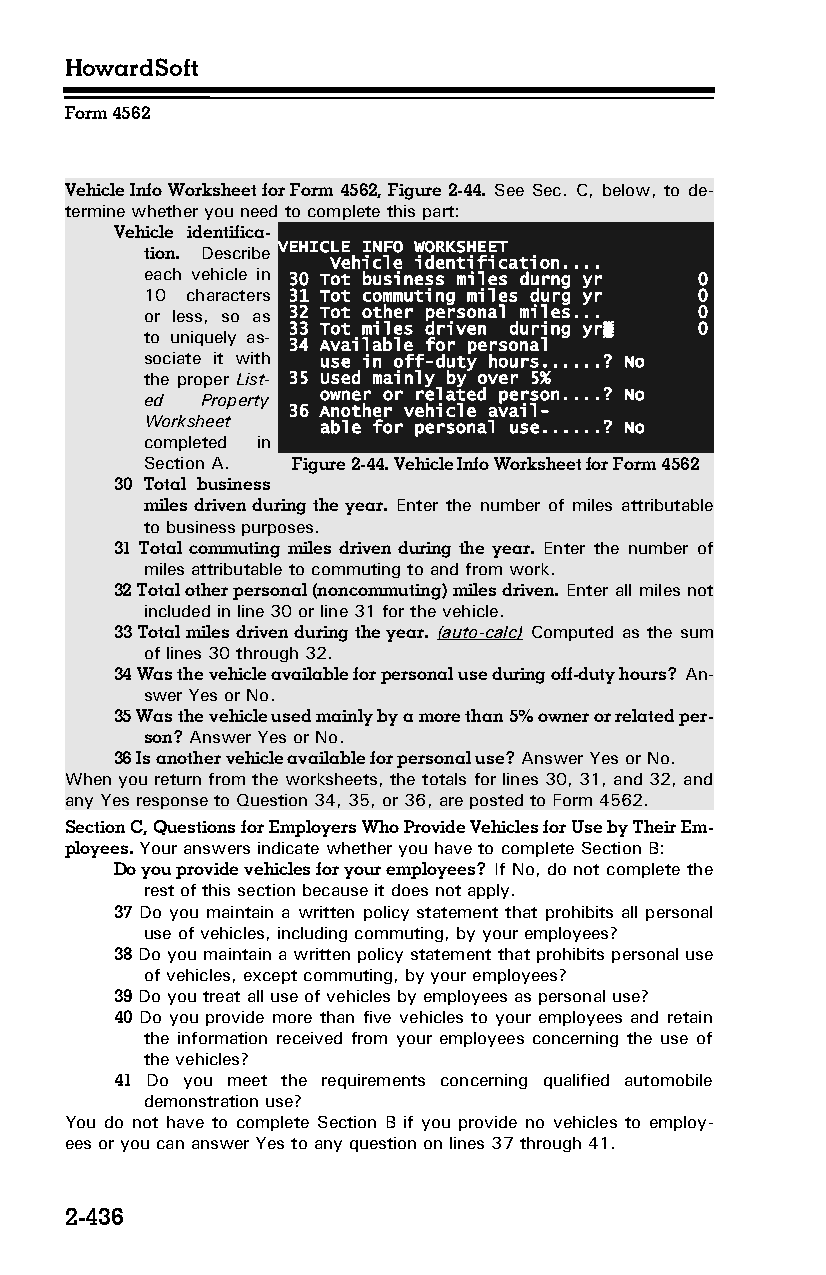
HowardSoft
 Form 4562
 Vehicle Info Worksheet for Form 4562, Figure 2-44. See Sec. C, below, to de­
 termine whether you need to complete this part:
 Vehicle identifica­
 VEHICLE INFO WORKSHEET
 tion. Describe
 Vehicle identification....
 each vehicle in 30 Tot business miles durng yr 0
 10 characters 31 Tot commuting miles durg yr 0
 or less, so as 32 Tot other personal miles... 0
 33 Tot miles driven during yr▒ 0
 to uniquely as­
 34 Available for personal
 sociate it with use in off-duty hours......? No
 the proper List­ 35 Used mainly by over 5%
 ed Property owner or related person....? No
 36 Another vehicle avail-
 Worksheet  able for personal use......? No
 completed in
 Section A. Figure 2-44. Vehicle Info Worksheet for Form 4562
 30 Total business
 miles driven during the year. Enter the number of miles attributable
 to business purposes.
 31 Total commuting miles driven during the year. Enter the number of
 miles attributable to commuting to and from work.
 32 Total other personal (noncommuting) miles driven. Enter all miles not
 included in line 30 or line 31 for the vehicle.
 33 Total miles driven during the year. (auto-calc) Computed as the sum
 of lines 30 through 32.
 34 Was the vehicle available for personal use during off-duty hours? An­
 swer Yes or No.
 35 Was the vehicle used mainly by a more than 5% owner or related per­
 son? Answer Yes or No.
 36 Is another vehicle available for personal use? Answer Yes or No.
 When you return from the worksheets, the totals for lines 30, 31, and 32, and
 any Yes response to Question 34, 35, or 36, are posted to Form 4562.
 Section C, Questions for Employers Who Provide Vehicles for Use by Their Em­
 ployees. Your answers indicate whether you have to complete Section B:
 Do you provide vehicles for your employees? If No, do not complete the
 rest of this section because it does not apply.
 37 Do you maintain a written policy statement that prohibits all personal
 use of vehicles, including commuting, by your employees?
 38 Do you maintain a written policy statement that prohibits personal use
 of vehicles, except commuting, by your employees?
 39 Do you treat all use of vehicles by employees as personal use?
 40 Do you provide more than five vehicles to your employees and retain
 the information received from your employees concerning the use of
 the vehicles?
 41 Do you meet the requirements concerning qualified automobile
 demonstration use?
 You do not have to complete Section B if you provide no vehicles to employ­
 ees or you can answer Yes to any question on lines 37 through 41.
 2-436